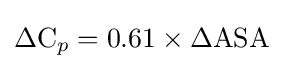
{\ce {\Delta C_p}}=0.61\times {\ce {\Delta ASA}}